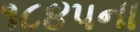
૧૮૪૫ના